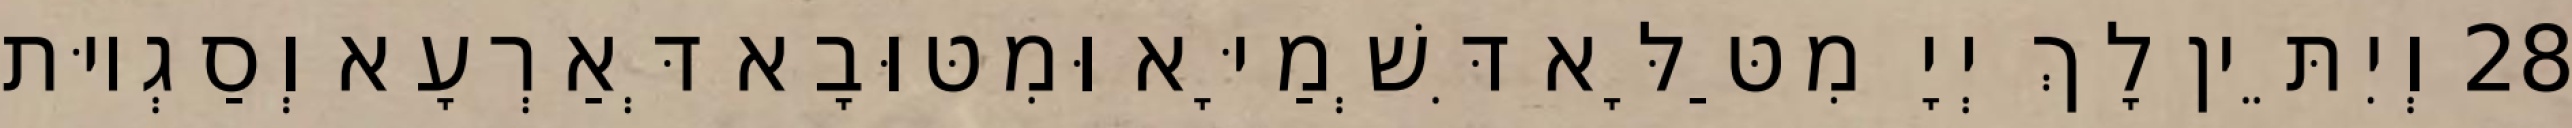
28 וְיִתֵּין לָךְ יְיָ מִטַּלָּא דִּשְׁמַיָּא וּמִטּוּבָא דְּאַרְעָא וְסַגְיוּת